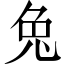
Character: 兔